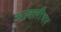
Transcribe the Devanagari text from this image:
बादलीभर